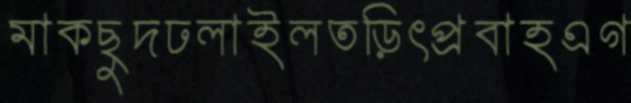
মাকছুদঢলাইলতড়িৎপ্রবাহএগ